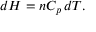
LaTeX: d H = n C _ { p } \, d T .